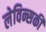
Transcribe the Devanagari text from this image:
लेविन्सकी